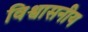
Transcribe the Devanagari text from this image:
विश्वासनीय